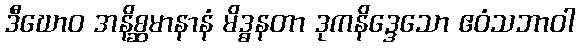
ဒီဃောဝ အနိစ္ဆမာနာနံ မိဒ္ဓနတာ ဒုကနိဒ္ဒေသော ဧဝံသဘာဝါ